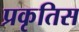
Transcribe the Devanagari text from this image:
प्रकृतिस